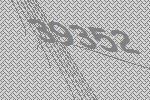
39352